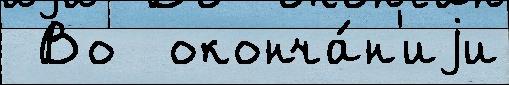
 Во  оконча́н'иjи